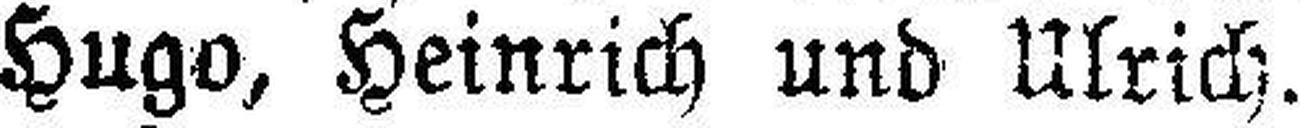
Hugo, Heinrich und Ulrich.